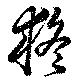
疑